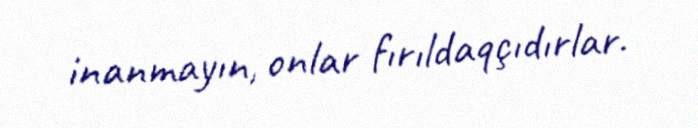
inanmayın, onlar fırıldaqçıdırlar.